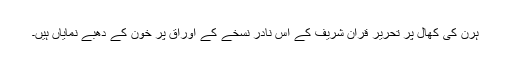
ہرن کی کھال پر تحریر قران شریف کے اس نادر نسخے کے اوراق پر خون کے دھبے نمایاں ہیں۔